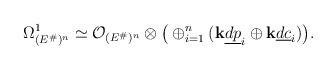
LaTeX: \begin{align*}\Omega^1_{(E^\#)^n}\simeq\mathcal O_{(E^\#)^n}\otimes\big(\oplus_{i=1}^n({\mathbf k}\underline{dp}_i\oplus{\mathbf k}\underline{dc}_i)\big).\end{align*}